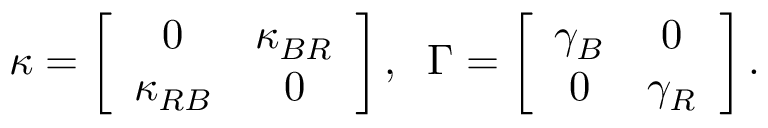
\kappa = \left[ \begin{array} { c c } { 0 } & { \kappa _ { B R } } \\ { \kappa _ { R B } } & { 0 } \end{array} \right] , \; \; \Gamma = \left[ \begin{array} { c c } { \gamma _ { B } } & { 0 } \\ { 0 } & { \gamma _ { R } } \end{array} \right] .